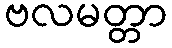
ဗလမတ္တာ